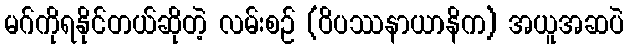
မဂ်ကိုရနိုင်တယ်ဆိုတဲ့ လမ်းစဉ် (ဝိပဿနာယာနိက) အယူအဆပဲ